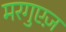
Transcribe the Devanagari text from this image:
मरगुएज़